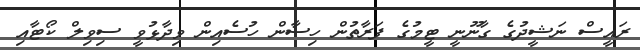
ރައީސް ނަޝީދުގެ ގާނޫނީ ޓީމުގެ ފަރާތުން ހިސާން ހުސެއިން ވިދާޅުވީ ސިވިލް ކޯޓާއި